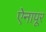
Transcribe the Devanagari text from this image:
ऐनापूर